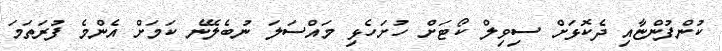
ކުންފުންޏާއި ދެކޮޅަށް ސިވިލް ކޯޓަށް ހުށަހެޅި މައްސަލަ ނުބެލޭނެ ކަމަށް އެންމެ ފުރަތަމަ